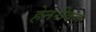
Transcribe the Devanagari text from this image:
हेनरीकन